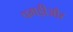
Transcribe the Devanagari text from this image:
पगड़ीऔर